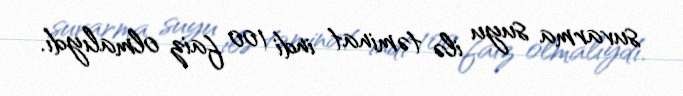
suvarma suyu ilə təminat indi 100 faiz olmalıydı.